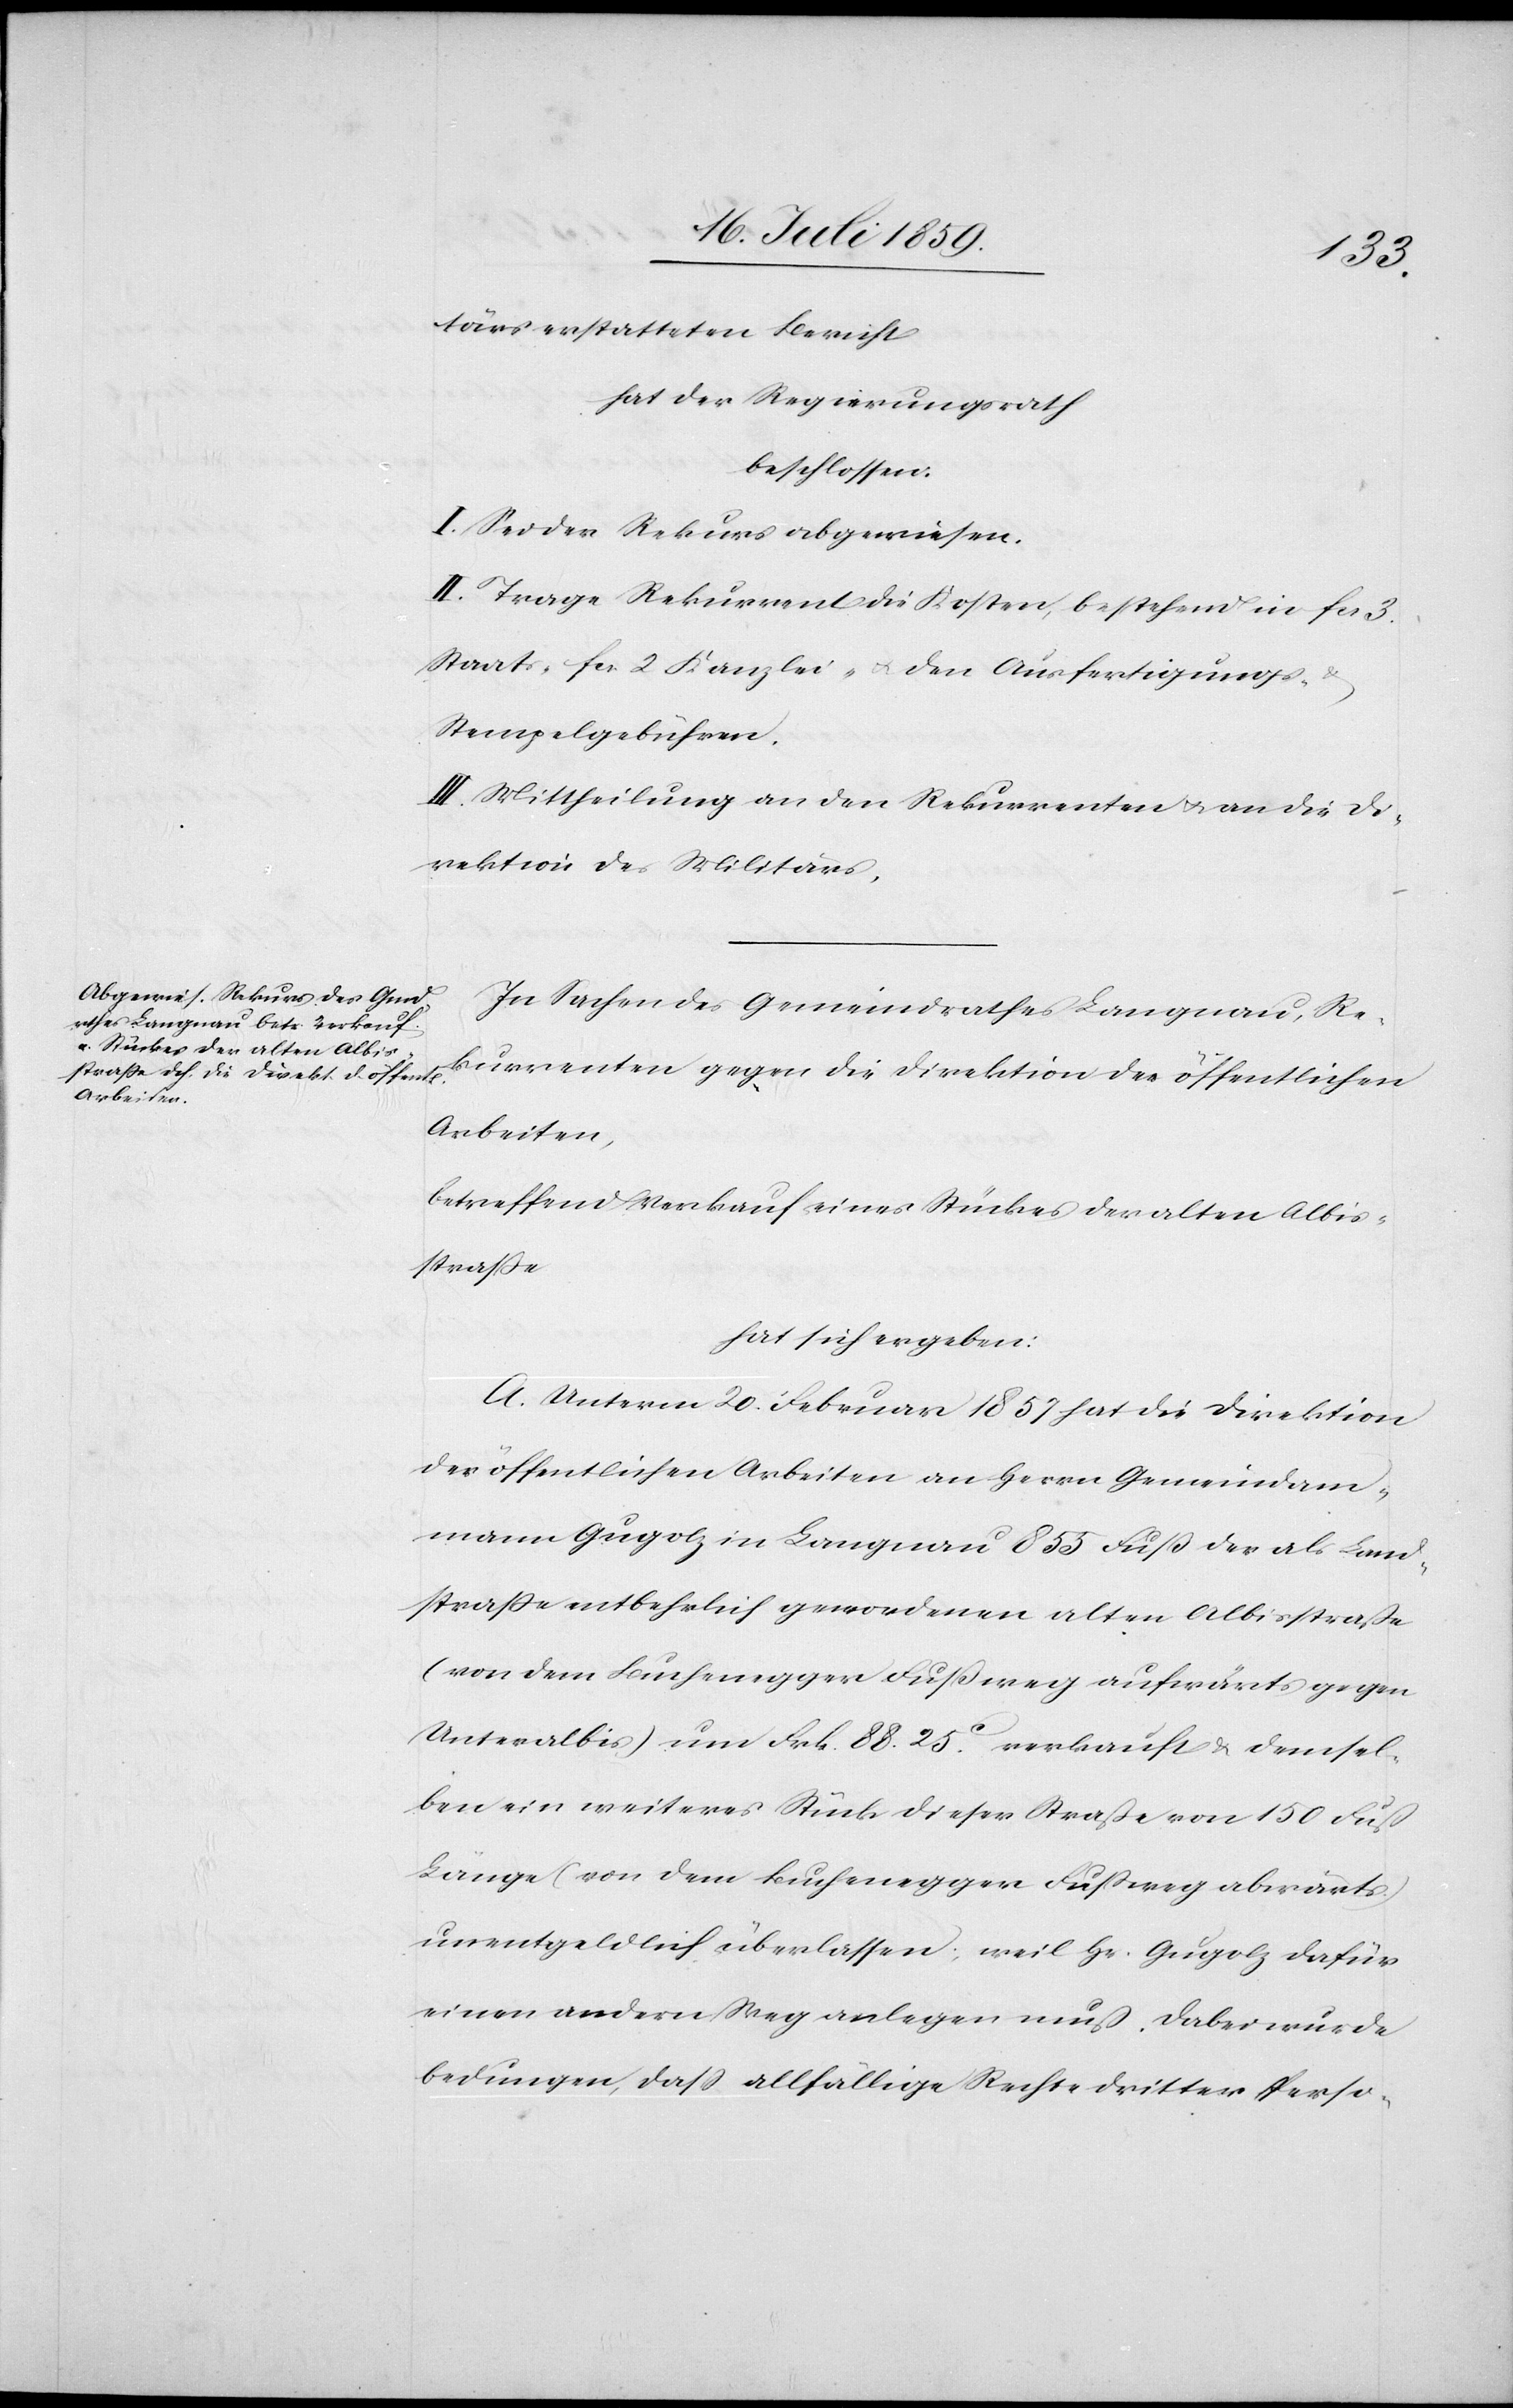
3.
tärs erstatteten Bericht
hat der Regierungsrath
beschlossen.
I. Sei der Rekurs abgewiesen.
II. Trage Rekurrent die Kosten, bestehend in fcs.
Staats- fcs. 2 Kanzlei- u. den Ausfertigungs- u.
Stempelgebühren.
III. Mittheilung an den Rekurrenten u. an die Di¬
rektion des Militärs.
In Sachen des Gemeindrathes Langnau, Re¬
kurrenten gegen die Direktion der öffentlichen
Arbeiten,
betreffend Verkauf eines Stückes der alten Albis¬
straße
hat sich ergeben:
A. Unterm 20. Februar 1857 hat die Direktion
der öffentlichen Arbeiten an Herrn Gemeindam¬
mann Gugolz in Langnau 855 Fuß der als Land¬
straße entbehrlich gewordenen alten Albisstraße
(von dem Buchenegger Fußweg aufwärts gegen
Unteralbis) um Frk. 88. 25c. verkauft u. demsel¬
ben ein weiteres Stück dieser Straße von 150 Fuß
Länge (von dem Buchenegger Fußweg abwärts)
unentgeldlich überlassen, weil Hr. Gugolz dafür
einen andern Weg anlegen muß. Dabei wurde
bedungen, daß allfällige Rechte dritter Perso-